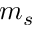
m _ { s }